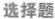
选择题